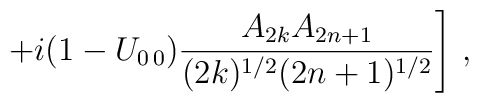
\left. + i (1- U_{0\,0}) \frac{A_{2k}A_{2n+1}}{(2k)^{1/2}(2n+1)^{1/2}}\right] \, ,